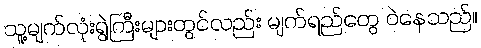
သူ့မျက်လုံးရွဲကြီးများတွင်လည်း မျက်ရည်တွေ ဝဲနေသည်။